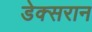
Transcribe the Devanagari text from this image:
डेक्सरान